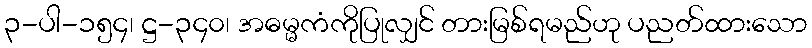
၃-ပါ-၁၅၄၊ ဋ္ဌ-၃၄၀၊ အဓမ္မကံကိုပြုလျှင် တားမြစ်ရမည်ဟု ပညတ်ထားသော